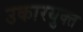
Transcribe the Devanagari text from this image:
उकारयुक्त